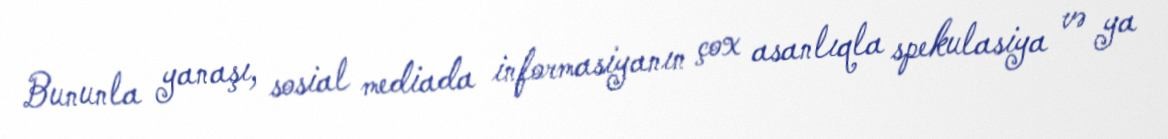
Bununla yanaşı, sosial mediada informasiyanın çox asanlıqla spekulasiya və ya